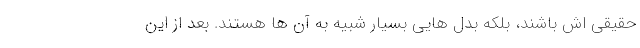
حقیقی اش باشند، بلکه بدل هایی بسیار شبیه به آن ها هستند. بعد از این